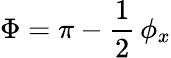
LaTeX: \Phi=\pi-\frac{1}{2}\, \phi_{x}